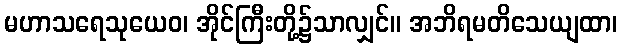
မဟာသရေသုယေဝ၊ အိုင်ကြီးတို့၌သာလျှင်။ အဘိရမတိသေယျထာ၊